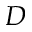
D